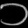
Digit: ၁